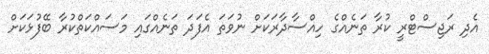
އެދި ރަޖިސްޓްރީ ކުރާ ތަނެއްގެ ހިއްސާދާރަކަށް ނުވަތަ އެފަދަ ތަނެއްގައި މަސައްކަތްކުރާ ބޭފުޅަކަށް